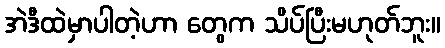
အဲဒီထဲမှာပါတဲ့ဟာ တွေက သိပ်ပြီးမဟုတ်ဘူး။